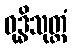
ဝုဒ္ဓိသုတ္တံ